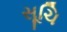
સૂચિ